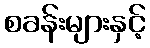
စခန်းများနှင့်